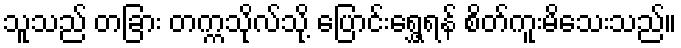
သူသည် တခြား တက္ကသိုလ်သို့ ပြောင်းရွှေ့ရန် စိတ်ကူးမိသေးသည်။